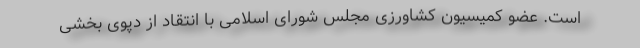
است. عضو کمیسیون کشاورزی مجلس شورای اسلامی با انتقاد از دپوی بخشی